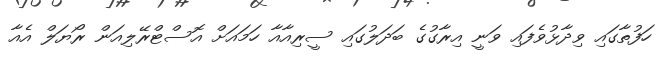
ހަފުތާގައި ވިދާޅުވެފައި ވަނީ އިރާގުގެ ބަދަލުގައި ސީރިއާއާ ހަަމައަށް އޮސްޓްރޭލިއަން ރޯޔަލް އެއާ